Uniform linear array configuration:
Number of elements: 8
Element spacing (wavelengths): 0.5
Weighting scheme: uniform
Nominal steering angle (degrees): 0
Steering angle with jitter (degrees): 1.488
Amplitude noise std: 0.05
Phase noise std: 0.05

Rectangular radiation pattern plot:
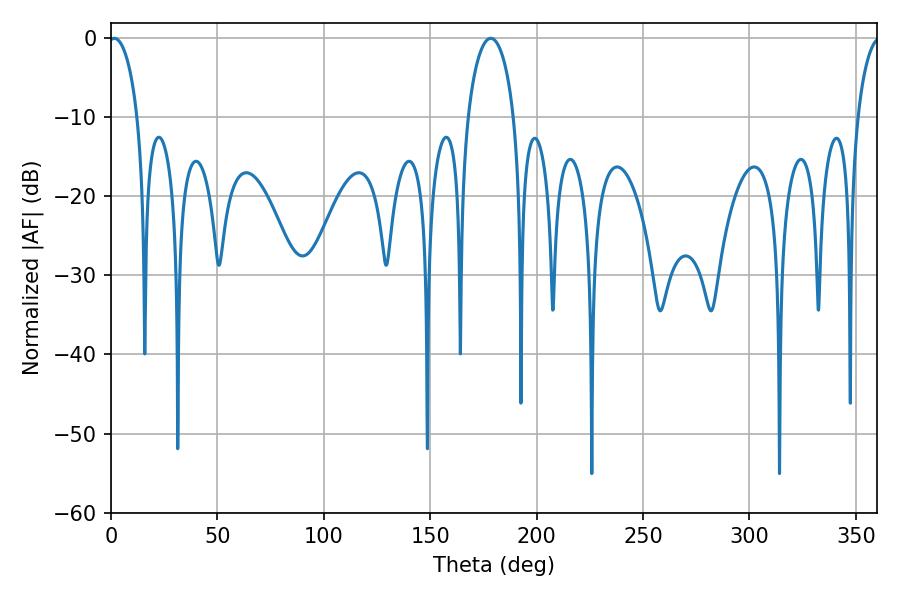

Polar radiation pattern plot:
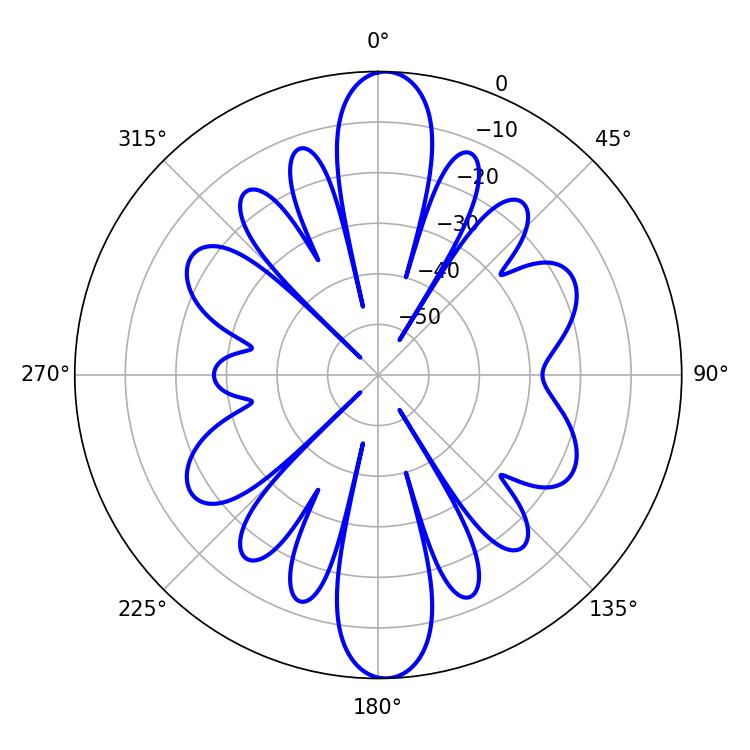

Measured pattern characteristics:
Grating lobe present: FALSE
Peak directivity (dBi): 21.214
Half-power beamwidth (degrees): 7.74
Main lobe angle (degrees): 1.62